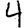
Digit: 4